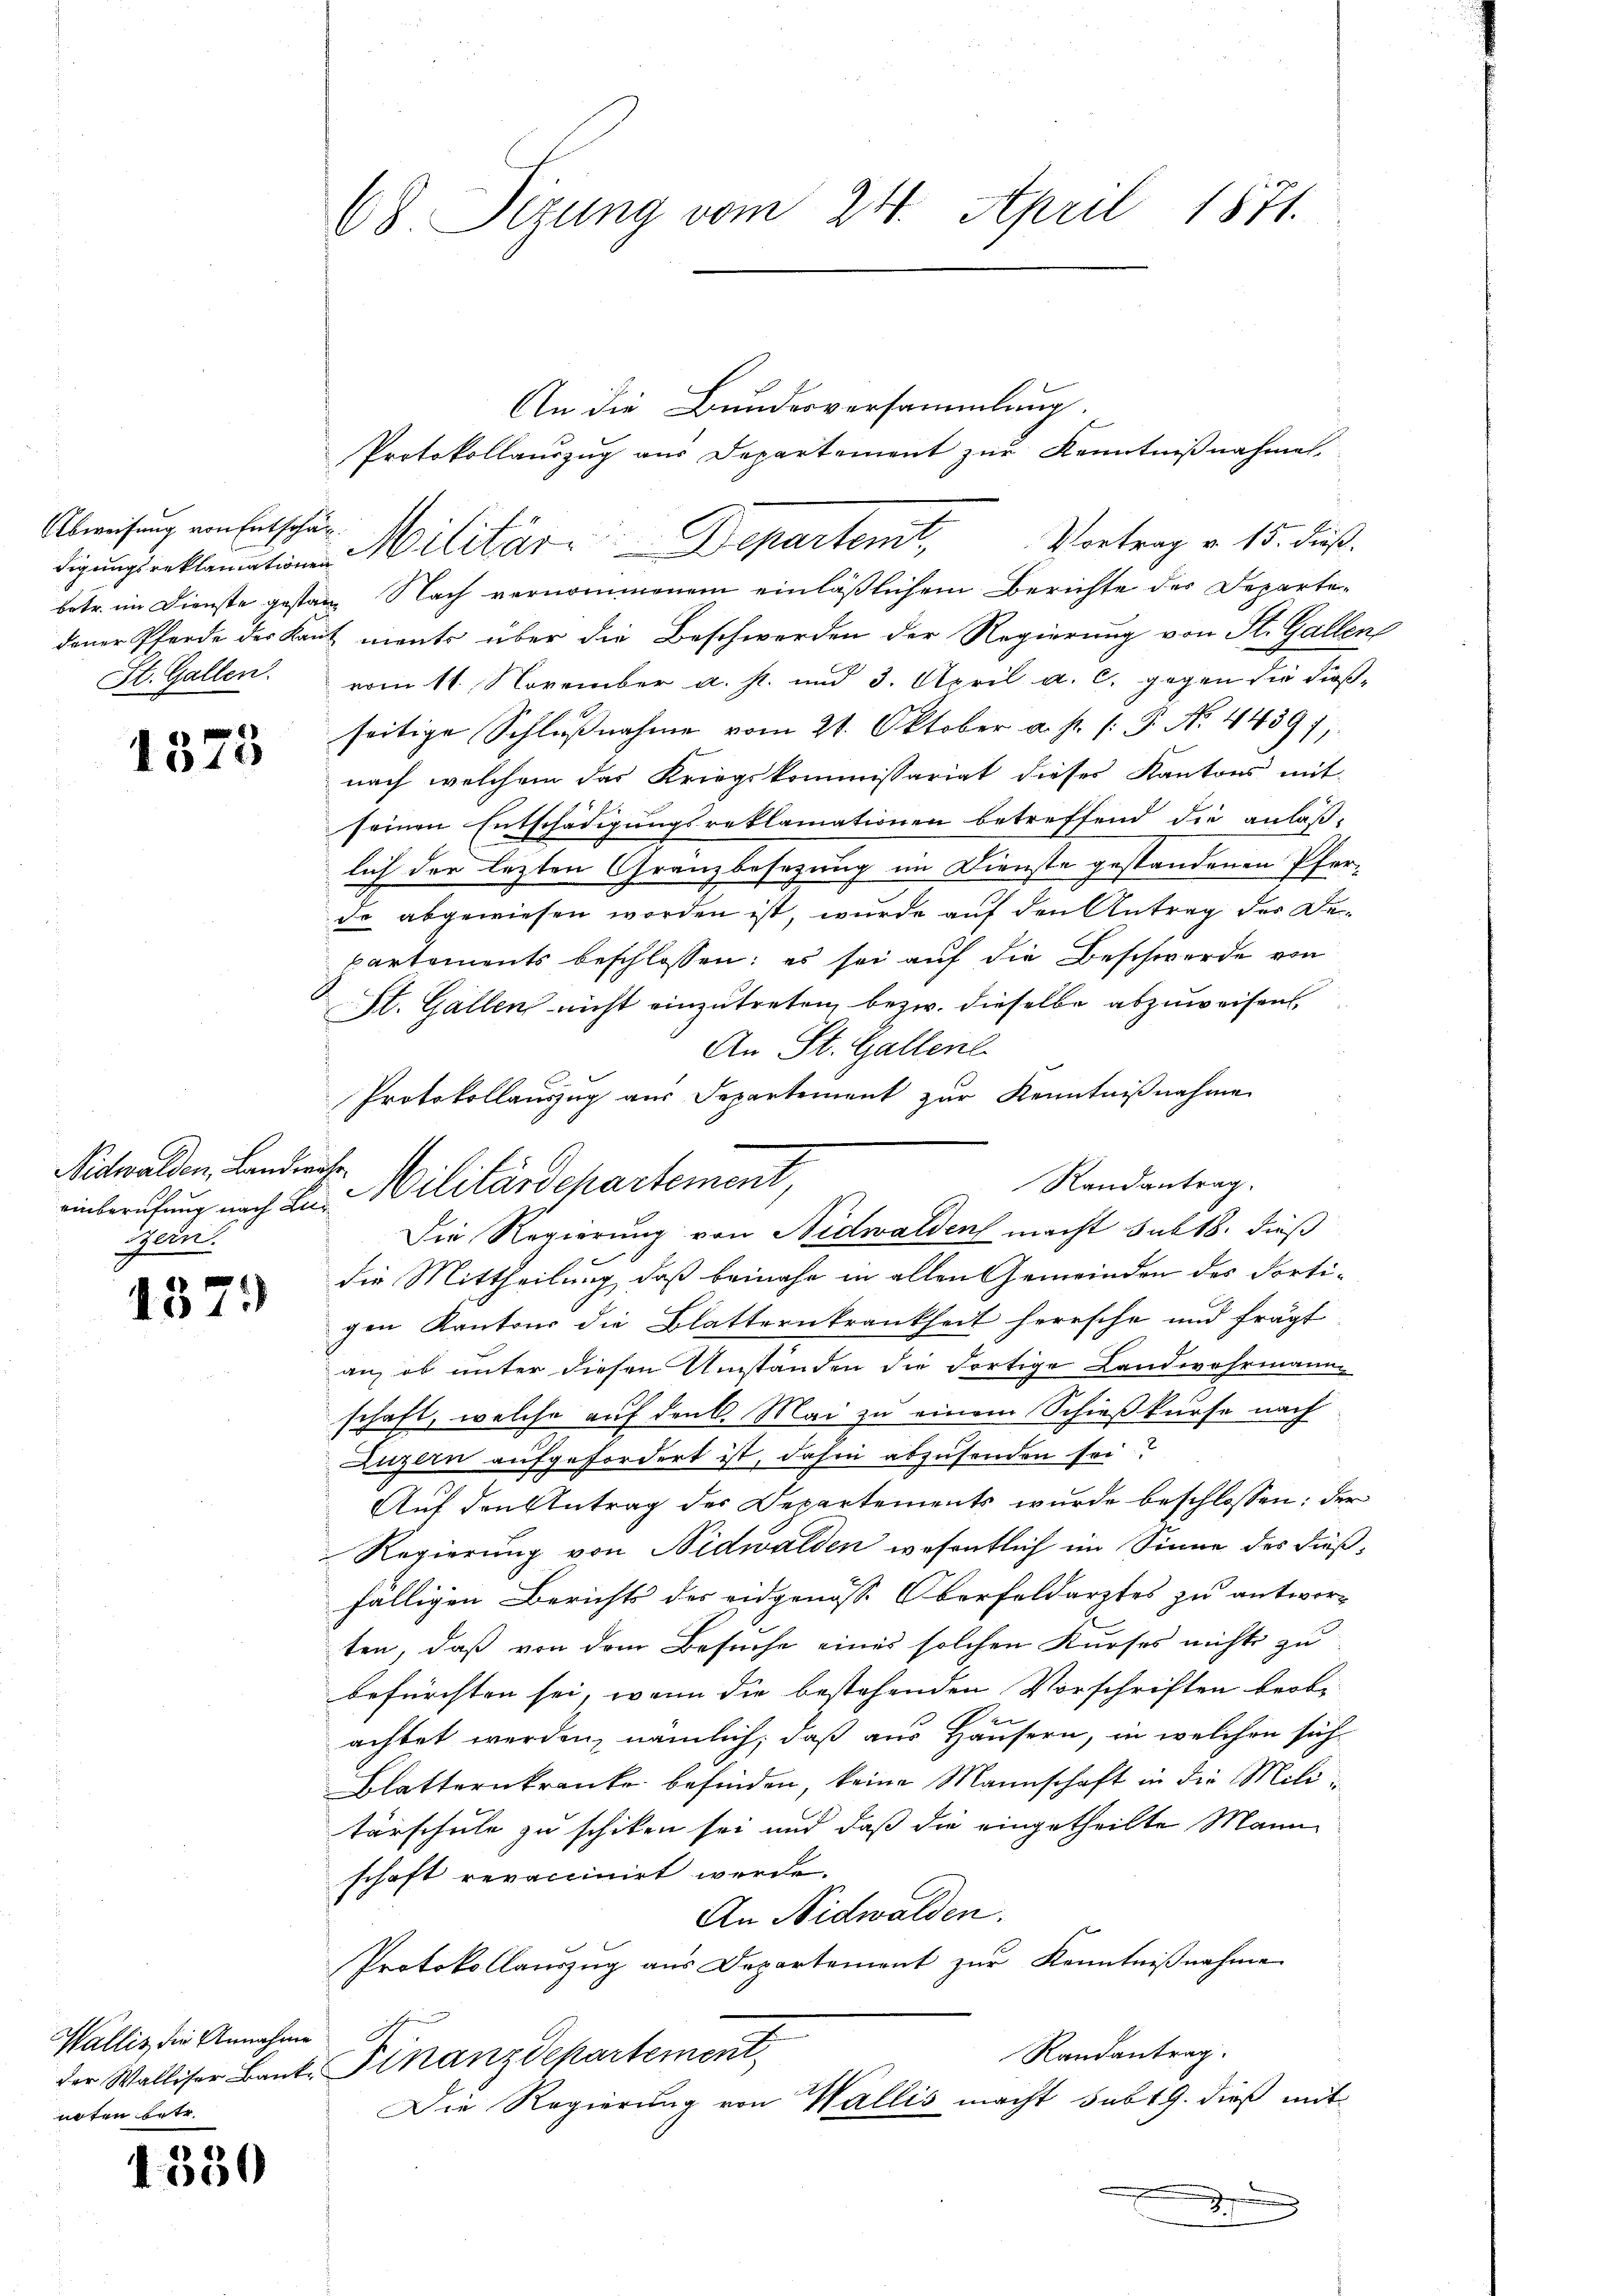
Abweisung von Entschät
St. Gallen.

A P E
o 12

Nidwalden, Landwehr
sen.

437.

Wallis, die Annahme
noten betr.

4330

68. Sizung vom 24. April 1871.

Protokollauszug aus Departement zur Kenntnißnahme
einberufung nach L. Militärdepartement,
Die Regierung von Nidwalden macht sub 18. dieß

An die Bundesversammlung.
Protokollauszug aus Departement zur Kenntnißnahmen.
Vortrag v. 15. dieß.

digungserklamatin Militär-Departemt,
betr. im Dienste gestanz Nach vernommenem einläßlichem Berichte des Departedener Pferde der Kant ments über die Beschwerden der Regierung von St. Gallen
vom 11. November a. p. und 3. April a. c. gegen die Froßseitige Schlŭβnahme vom 21. Oktober a. p. /: P. No. 4439),
nach welchem das Kriegskommissariat dieses Kantons mit
seinen Entschädigungsreklamationen betreffend die anläß-
lich der lezten Granzbesezung im Dienste gestandenen Pferde abgewiesen worden ist, wurde auf den Antrag des Bepartements beschlossen: es sei auf die Beschwerde von
St. Gallen nicht einzutreten, bezw. dieselbe abzuweisen
An St. Gallenl
Randantrag.
die Mittheilung, daß beinahe in allen Gemeinden des Fortigen Kantons die Blatternkrankheit herrsche und frägt
an, ob unter diesen Umständen die dortige Landwehrmann
schaft, welche auf denk. Mai zu einem Schießkurse nach
Luzern aufgefordert ist, dahin abzusenden sei?
Auf den Antrag der Departements wurde beschlossen: der
Regierung von Nidwalden wesentlich im Sinne des Fußfälligen Berichts des eidgenosse Oberfeldarztes zu antwor-
ten, daß von dem Besuche eines solchen Kurses nichts zu
befürchten sei, wenn die bestehenden Vorschriften beobe
achtet werden, nämlich, daß aus Häusern, in welchen sich
Blatternkranke befinden, keine Mannschaft in die Militürschule zu schiken sei und daß die eingetheilte Mann
schaft revaccinirt werde.
An Nidwalden.
Protokollauszug aus Departement zur Kenntniβnahme
Randantrag.
der Walliser Bank. Finanzdepartement
Die Regierung von Wallis macht subt G. dieß mit
g